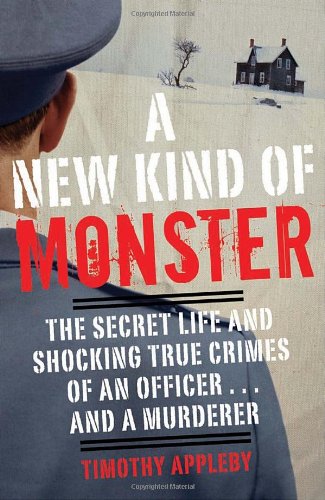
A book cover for A New Kind of Monster: The Secret Life and Shocking True Crimes of an Officer . . . and a Murderer; Timothy Appleby; Biographies & Memoirs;